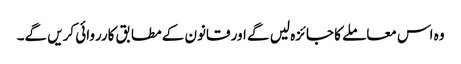
وہ اس معاملے کا جائزہ لیں گے اور قانون کے مطابق کارروائی کریں گے۔